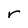
Character: r